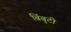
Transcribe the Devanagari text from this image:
बिंबुटी